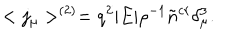
< j _ { \mu } > ^ { ( 2 ) } = q ^ { 2 } | E | \rho ^ { - 1 } \tilde { n } ^ { c r } \delta _ { \mu } ^ { 3 } .